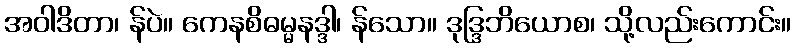
အဝါဒိတာ၊ န်ပဲ။ ကေနစိဓမ္မနဒ္ဒါ၊ န်သော။ ဒုဒ္ဒြဘိယောစ၊ သို့လည်းကောင်း။